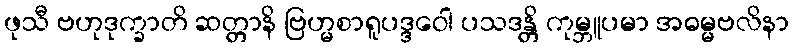
ဖုသီ ဗဟုဒုက္ခာတိ ဆတ္တာနိ ဗြဟ္မစာရူပဒ္ဒဝေါ ပသဒန္တိ ကုမ္ဘူပမာ အဓမ္မဗလိနာ